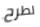
لطرح